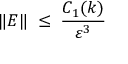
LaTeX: \| E \| \; \leq \; \frac { C _ { 1 } ( k ) } { \varepsilon ^ { 3 } }